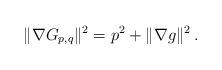
LaTeX: \begin{align*}\| \nabla G_{p,q}\|^2 = p^2 + \|\nabla g\|^2 \,.\end{align*}